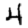
Digit: 4